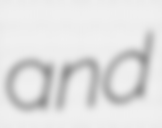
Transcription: and